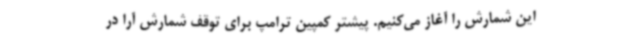
این شمارش را آغاز می‌کنیم. پیشتر کمپین ترامپ برای توقف شمارش آرا در